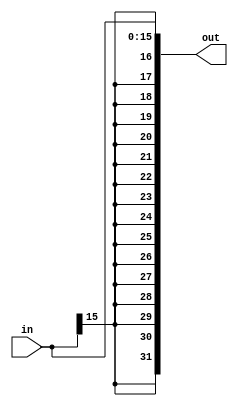
module Sign_Extender(out, in);
	input [15:0] in;
	output [31:0] out;
	reg[31:0] out ;
	always @(in)
		out = { {16{in[15]}}, in};	
endmodule